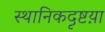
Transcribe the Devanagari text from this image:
स्थानिकदृष्टय़ा